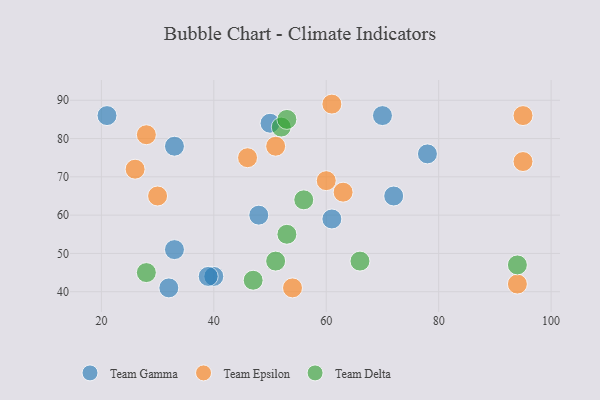
{"axis": {"x": "GDP", "y": "Life Expectancy"}, "legend": ["Team Delta", "Team Epsilon", "Team Gamma"], "data": [{"x": "48", "y": 60, "type": "Team Gamma"}, {"x": "61", "y": 59, "type": "Team Gamma"}, {"x": "33", "y": 51, "type": "Team Gamma"}, {"x": "72", "y": 65, "type": "Team Gamma"}, {"x": "32", "y": 41, "type": "Team Gamma"}, {"x": "40", "y": 44, "type": "Team Gamma"}, {"x": "50", "y": 84, "type": "Team Gamma"}, {"x": "39", "y": 44, "type": "Team Gamma"}, {"x": "70", "y": 86, "type": "Team Gamma"}, {"x": "78", "y": 76, "type": "Team Gamma"}, {"x": "33", "y": 78, "type": "Team Gamma"}, {"x": "21", "y": 86, "type": "Team Gamma"}, {"x": "51", "y": 78, "type": "Team Epsilon"}, {"x": "61", "y": 89, "type": "Team Epsilon"}, {"x": "46", "y": 75, "type": "Team Epsilon"}, {"x": "26", "y": 72, "type": "Team Epsilon"}, {"x": "28", "y": 81, "type": "Team Epsilon"}, {"x": "30", "y": 65, "type": "Team Epsilon"}, {"x": "63", "y": 66, "type": "Team Epsilon"}, {"x": "95", "y": 86, "type": "Team Epsilon"}, {"x": "95", "y": 74, "type": "Team Epsilon"}, {"x": "94", "y": 42, "type": "Team Epsilon"}, {"x": "54", "y": 41, "type": "Team Epsilon"}, {"x": "60", "y": 69, "type": "Team Epsilon"}, {"x": "52", "y": 83, "type": "Team Delta"}, {"x": "94", "y": 47, "type": "Team Delta"}, {"x": "47", "y": 43, "type": "Team Delta"}, {"x": "51", "y": 48, "type": "Team Delta"}, {"x": "53", "y": 85, "type": "Team Delta"}, {"x": "66", "y": 48, "type": "Team Delta"}, {"x": "53", "y": 55, "type": "Team Delta"}, {"x": "28", "y": 45, "type": "Team Delta"}, {"x": "56", "y": 64, "type": "Team Delta"}]}